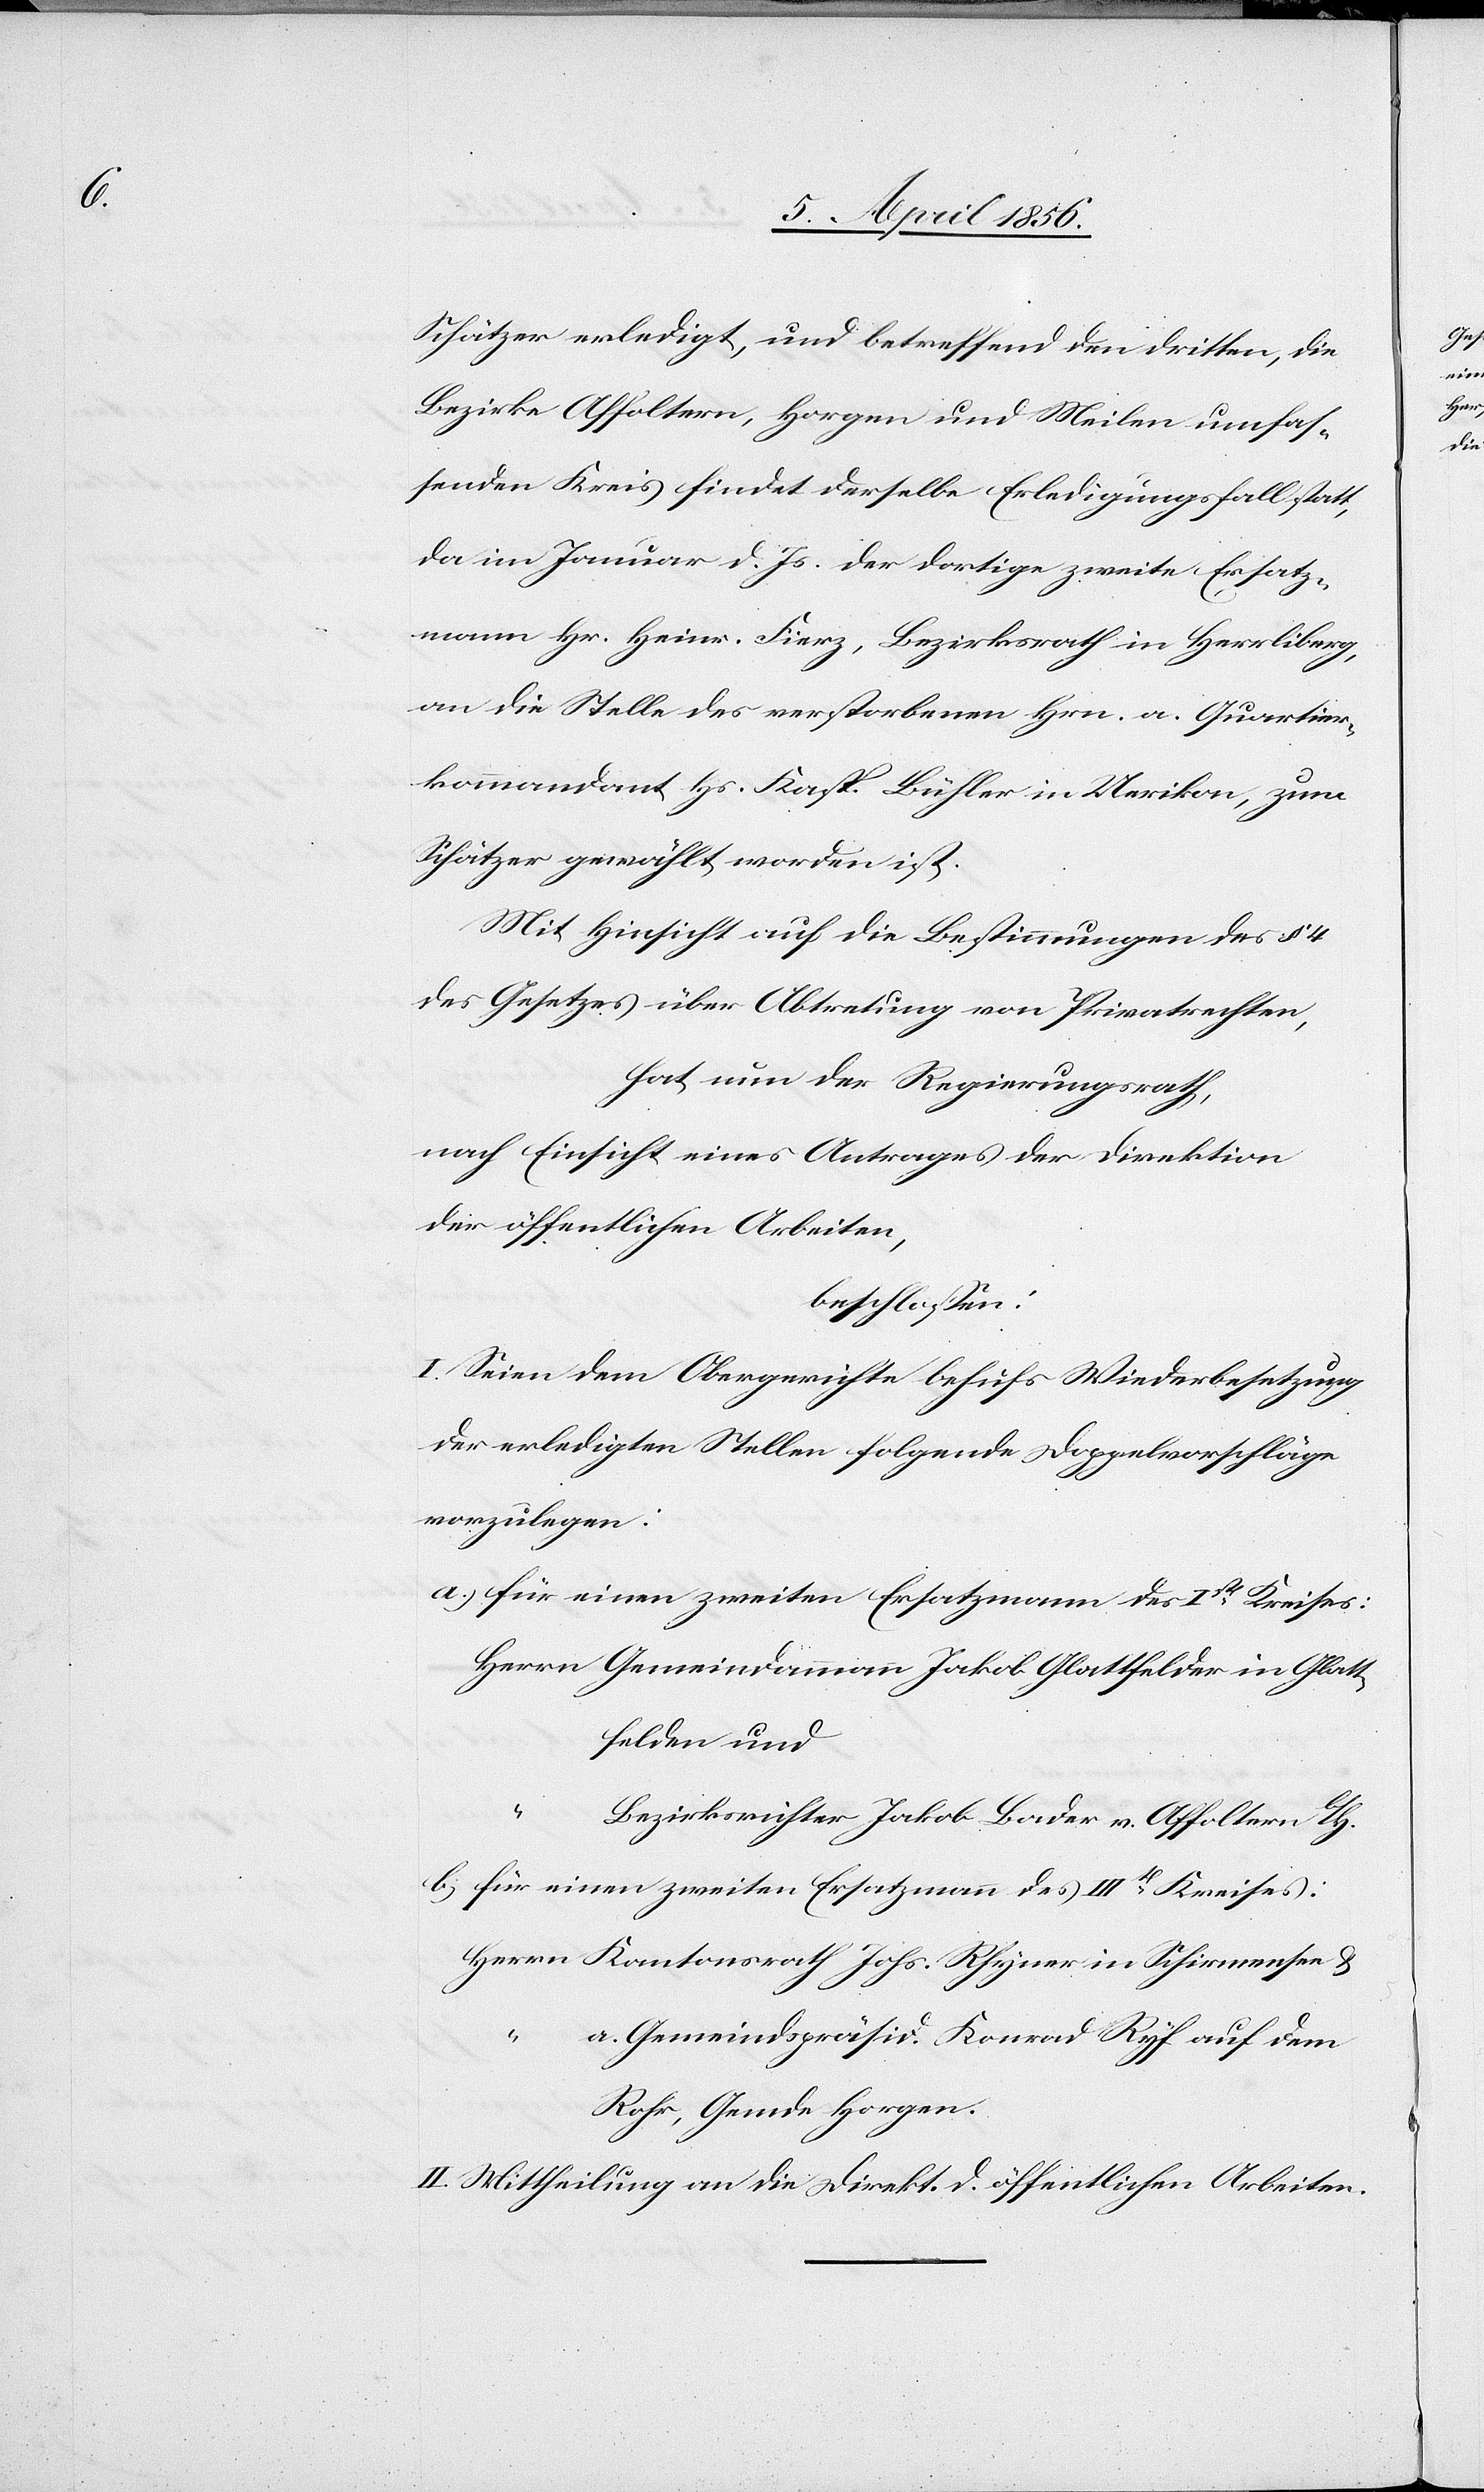
Schätzer erledigt, und betreffend den dritten, die
Bezirke Affoltern, Horgen und Meilen umfas¬
senden Kreis findet derselbe Erledigungsfall statt,
da im Januar d. Js. der dortige zweite Ersatz¬
mann Hr. Heinr. Fierz, Bezirksrath in Herrliberg,
an die Stelle des verstorbenen Hrn. a. Quartier¬
kommandant Hs. Kasp. Bühler in Uerikon, zum
Schätzer gewählt worden ist.
Mit Hinsicht auf die Bestimmungen des § 4
des Gesetzes über Abtretung von Privatrechten,
hat nun der Regierungsrath,
nach Einsicht eines Antrages der Direktion
der öffentlichen Arbeiten,
beschlossen:
I. Seien dem Obergerichte behufs Wiederbesetzung
der erledigten Stellen folgende Doppelvorschläge
vorzulegen:
a., für einen zweiten Ersatzmann des Ist Kreises:
Herrn Gemeindammann Jakob Glattfelder in Glatt¬
felden und
Bezirksrichter Jakob Bader v. Affoltern b/H.
b., für einen zweiten Ersatzmann des IIIt Kreises:
Herrn Kantonsrath Johs. Rhyner in Schirmensee &
a. Gemeindspräsid. Konrad Ryf auf dem
Rohr, Gemde Horgen.
II. Mittheilung an die Direkt. d. öffentlichen Arbeiten.